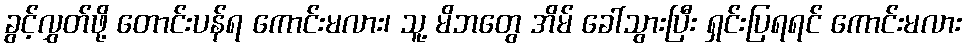
ခွင့်လွှတ်ဖို့ တောင်းပန်ရ ကောင်းမလား၊ သူ့ မိဘတွေ အိမ် ခေါ်သွားပြီး ရှင်းပြရရင် ကောင်းမလား